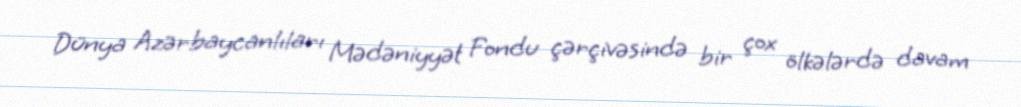
Dünya Azərbaycanlıları Mədəniyyət Fondu çərçivəsində bir çox ölkələrdə davam